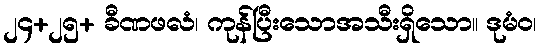
၂၄+၂၅+ ခီဏဖလံ၊ ကုန်ပြီးသောအသီးရှိသော။ ဒုမံဝ၊